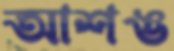
আশঙ